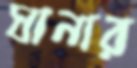
ঘানার